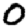
Digit: 0